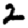
Digit: 2